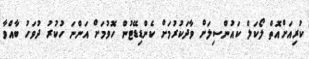
ކުރިއަށްއޮތް ލޯކަލް ކައުންސިލަށް ވާދަކުރުމަށް ކެންޑިޑޭޓުން ހޮވުމަށް އަންނަ ހުކުރު ދުވަހު ބާއްވާ